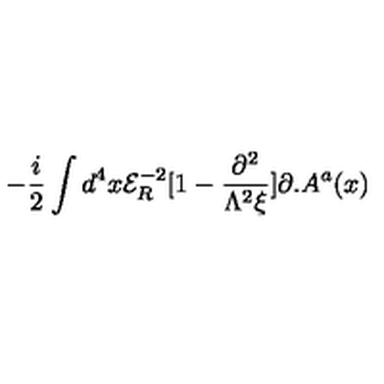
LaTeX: - \frac { i } { 2 } \int d ^ { 4 } x { \mathcal { E } } _ { R } ^ { - 2 } [ 1 - \frac { \partial ^ { 2 } } { \Lambda ^ { 2 } \xi } ] \partial . A ^ { a } ( x )